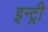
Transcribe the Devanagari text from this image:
इन्ट्री